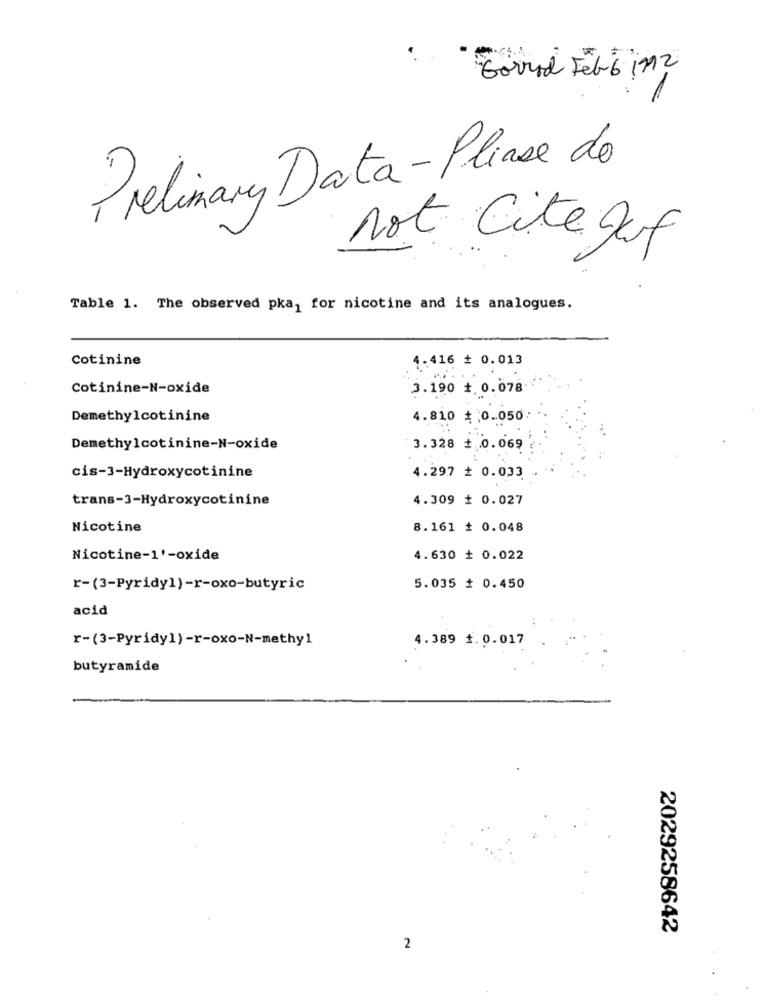
Gorrod Fel bin 2
Prelimary Data - Please do
not Cite Juf
Table 1. The observed pka, for nicotine and its analogues.
Cotinine
4.416 # 0.013
Cotinine-N-oxide
3.190 + 0.078
Demethylcotinine
4.810 # :0.050
Demethylcotinine-N-oxide
3.328 + 0.069
cis-3-Hydroxycotinine
4.297 # 0.033
trans-3-Hydroxycotinine
4.309 + 0.027
Nicotine
8.161 # 0.048
Nicotine-1'-oxide
4.630 # 0.022
r-(3-Pyridy1)-r-oxo-butyric
5.035 # 0.450
acid
r-(3-Pyridy1) -r-oxo-N-methyl
4.389 1.0.017
butyramide
2029258642
2